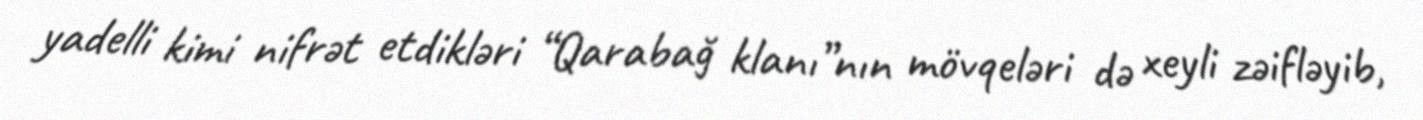
yadelli kimi nifrət etdikləri “Qarabağ klanı”nın mövqeləri də xeyli zəifləyib,